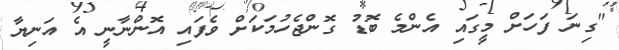
"ގިނަ ފަހަށް މީގައި އެންމެ ބޮޑު ގޮންޖެހުމަކަށް ވެފައި އޮންނާނީ އެ އަނިޔާ